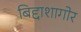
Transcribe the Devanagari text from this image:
बिद्दाशागोर